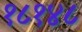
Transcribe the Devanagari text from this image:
१८१४८